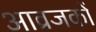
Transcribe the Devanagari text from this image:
आव्रजकों